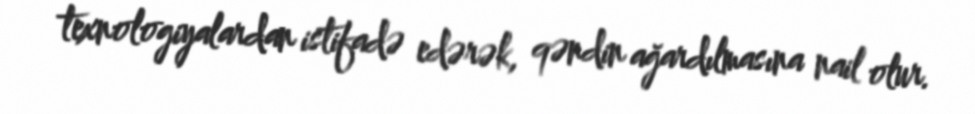
texnologiyalardan istifadə edərək, qəndin ağardılmasına nail olur.